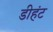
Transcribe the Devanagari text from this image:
डीहंट